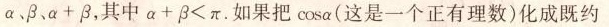
α、β、$$α + β$$，其中$$α + β < π$$。如果把cosα(这是一个正有理数)化成既约